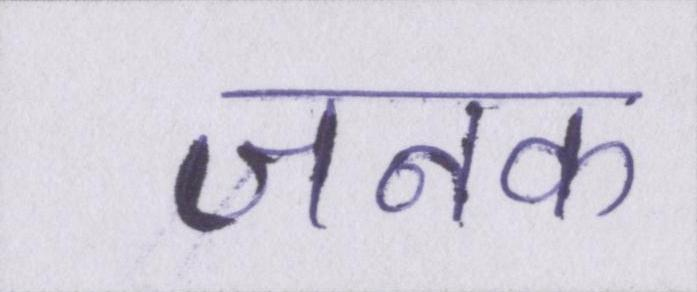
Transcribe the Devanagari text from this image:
जनक